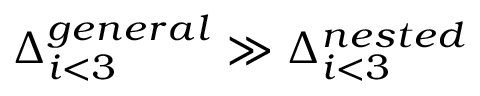
\Delta _ { i < 3 } ^ { g e n e r a l } \gg \Delta _ { i < 3 } ^ { n e s t e d }